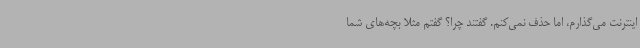
اینترنت می‌گذارم، اما حذف نمی‌کنم. گفتند چرا؟ گفتم مثلا بچه‌های شما